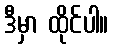
ဒီမှာ ထိုင်ပါ။